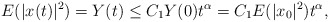
\begin{align*} E(|x(t)|^2)=Y(t)\leq C_1Y(0)t^\alpha=C_1E(|x_0|^2)t^\alpha,\end{align*}